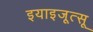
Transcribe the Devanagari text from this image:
इयाइजूत्सू